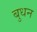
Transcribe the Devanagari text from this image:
बुधन